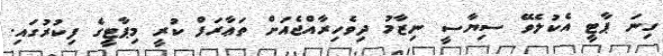
ގިނަ ޕާޓީ އެކުލެވޭ ސިޔާސީ ނިޒާމު ދިވެހިރާއްޖެއަށް ތަޢާރަފް ކުރީ މިޕާޓީގެ ފިކުރުގައި.